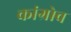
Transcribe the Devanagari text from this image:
कांग्रोव